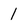
Character: 1